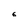
Character: 6